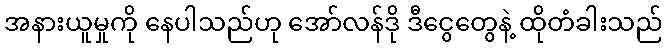
အနားယူမှုကို နေပါသည်ဟု အော်လန်ဒို ဒီငွေတွေနဲ့ ထိုတံခါးသည်